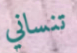
تنساني